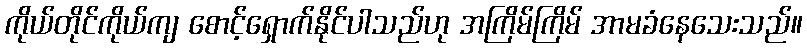
ကိုယ်တိုင်ကိုယ်ကျ စောင့်ရှောက်နိုင်ပါသည်ဟု အကြိမ်ကြိမ် အာမခံနေသေးသည်။